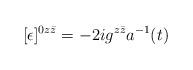
LaTeX: \begin{align*}[\epsilon]^{0z\bar z}=-2ig^{z\bar z} a^{-1}(t)\end{align*}